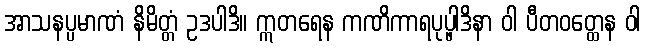
အာသနပ္ပမာဏံ နိမိတ္တံ ဥဒပါဒိ။ ဣတရေန ကဏိကာရပုပ္ဖါဒိနာ ဝါ ပီတဝတ္ထေန ဝါ